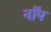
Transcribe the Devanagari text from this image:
नॉप